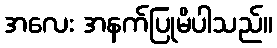
အလေး အနက်ပြုမိပါသည်။